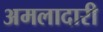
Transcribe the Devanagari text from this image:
अमलादारी